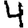
Digit: 4